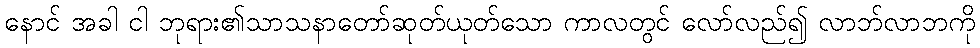
နောင် အခါ ငါ ဘုရား၏သာသနာတော်ဆုတ်ယုတ်သော ကာလတွင် လော်လည်၍ လာဘ်လာဘကို